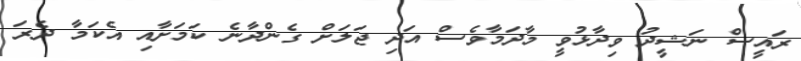
ރައީސް ނަޝީދު ވިދާޅުވީ މާދަމާވެސް އަދި ޖަލަށް ގެންދާނެ ކަމަށާއި އެކަމާ ދެރަ